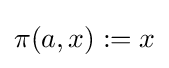
\pi (a,x):=x